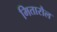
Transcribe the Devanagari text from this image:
मितारौल